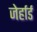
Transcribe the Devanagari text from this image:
जेर्हार्ड